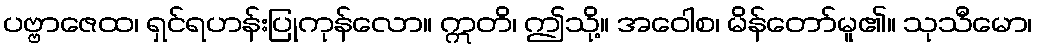
ပဗ္ဗာဇေထ၊ ရှင်ရဟန်းပြုကုန်လော။ ဣတိ၊ ဤသို့။ အဝေါစ၊ မိန်တော်မူ၏။ သုသီမော၊